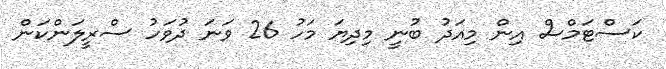
ކަސްޓަމްސް އިން މިއަދު ބުނީ މިދިޔަ މަހު 26 ވަނަ ދުވަހު ސްރީލަންކަން